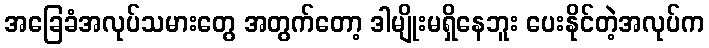
အခြေခံအလုပ်သမားတွေ အတွက်တော့ ဒါမျိုးမရှိနေဘူး ပေးနိုင်တဲ့အလုပ်က